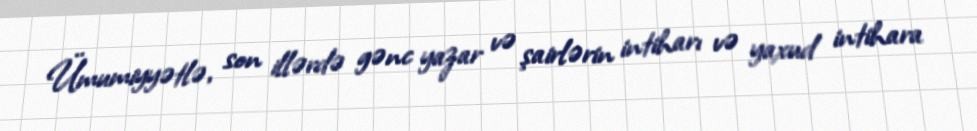
Ümumiyyətlə, son illərdə gənc yazar və şairlərin intiharı və yaxud intihara